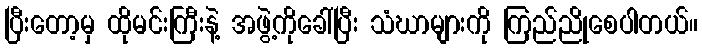
ပြီးတော့မှ ထိုမင်းကြီးနဲ့ အဖွဲ့ကိုခေါ်ပြီး သံဃာများကို ကြည်ညိုစေပါတယ်။